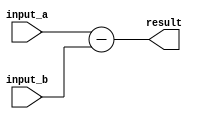
module subtractor (
    input [3:0] input_a,
    input [3:0] input_b,
    output reg [3:0] result
);

assign result = input_a - input_b;

endmodule